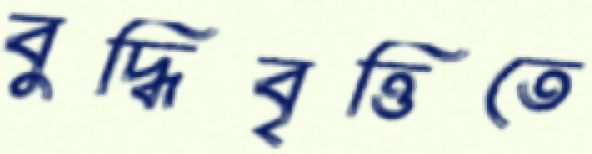
বুদ্ধিবৃত্তিতে